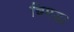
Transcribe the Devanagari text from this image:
चिमड़ा